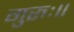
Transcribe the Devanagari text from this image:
गुरुः॥